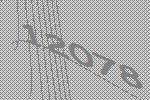
12078